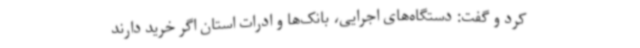
کرد و گفت: دستگاه‌های اجرایی، بانک‌ها و ادرات استان اگر خرید دارند